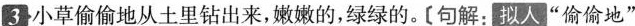
3小草偷偷地从土里钻出来,嫩嫩的,绿绿的。[句解:拟人“偷偷地”